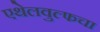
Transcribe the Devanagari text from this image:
एथेलवुल्फचा